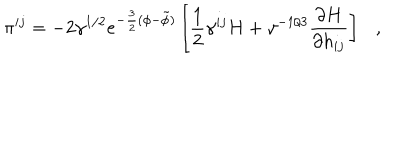
LaTeX: \pi ^ { i j } = - 2 \gamma ^ { 1 / 2 } e ^ { - \frac { 3 } { 2 } ( \phi - \tilde { \phi } ) } \left[ \frac { 1 } { 2 } \gamma ^ { i j } H + \gamma ^ { - 1 / 3 } \frac { \partial H } { \partial h _ { i j } } \right] ,